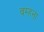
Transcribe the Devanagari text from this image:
बम्‍हना